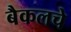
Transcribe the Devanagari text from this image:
बैकलचे